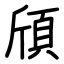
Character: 頎